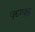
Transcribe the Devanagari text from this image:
फ्घ्ग्फ्ह